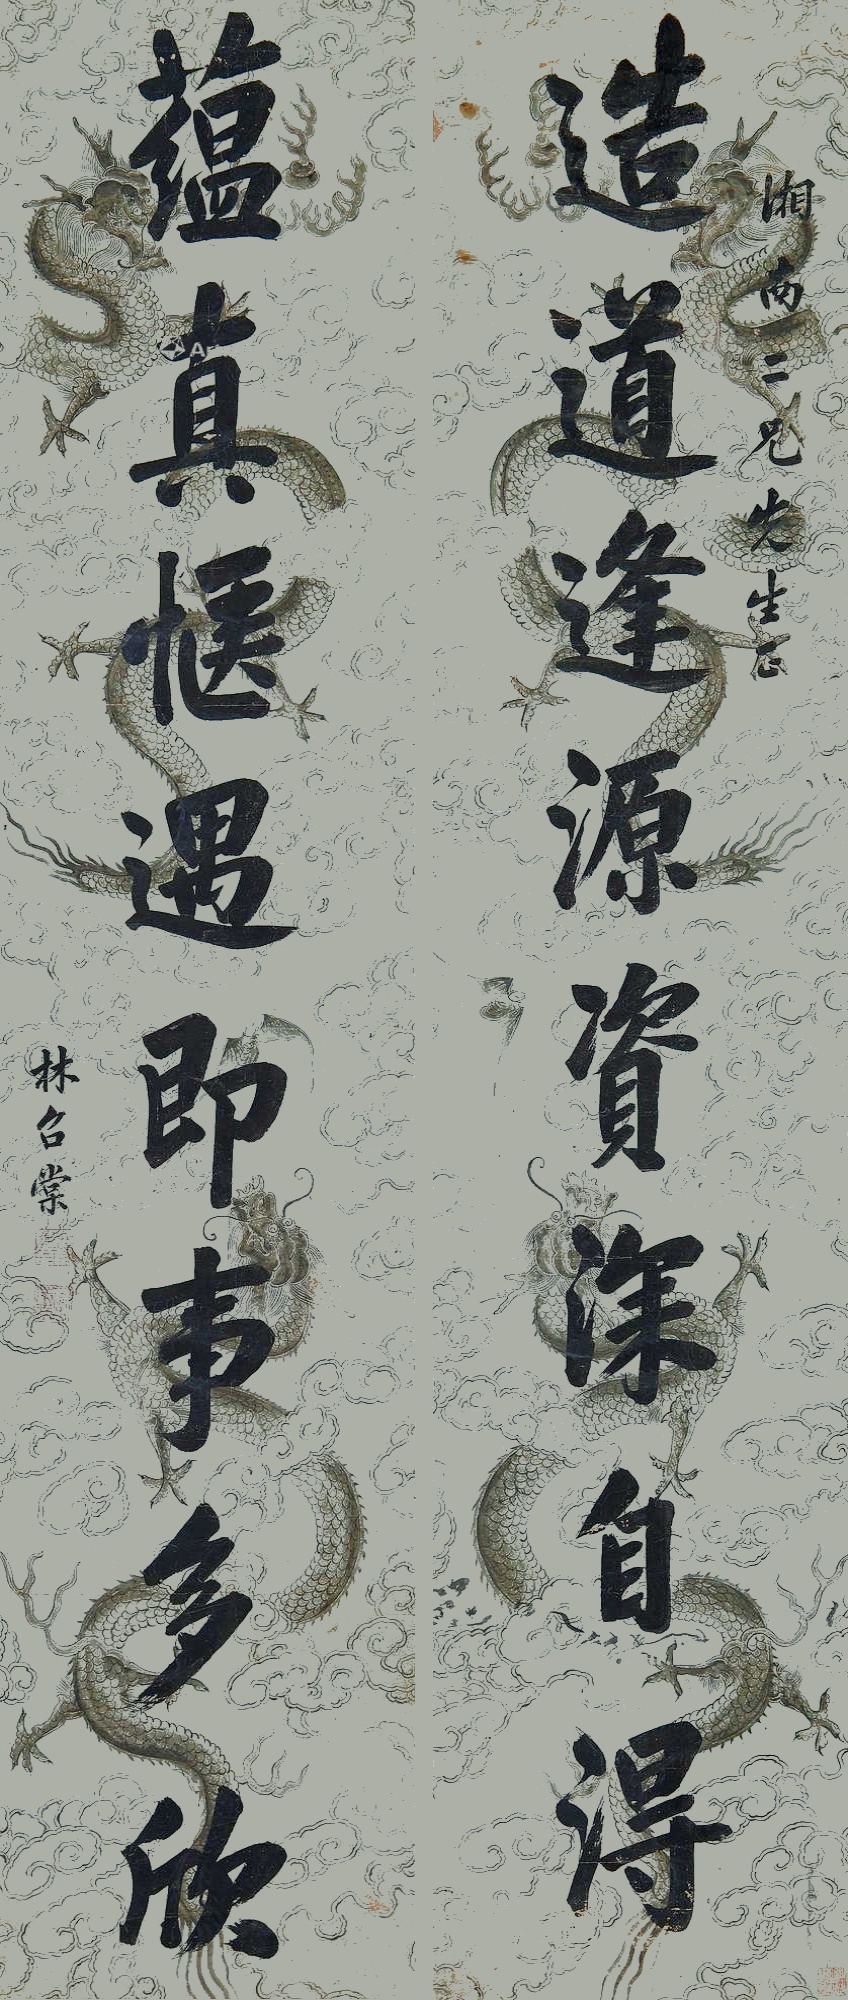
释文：造道逢源资深自得，蕴真惬遇即事多欣。湘南二兄先生正，林召棠。